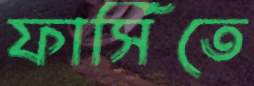
ফার্সিতে